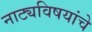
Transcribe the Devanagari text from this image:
नाट्यविषयांचे